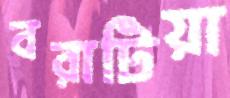
বরাটিয়া